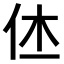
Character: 𠇾